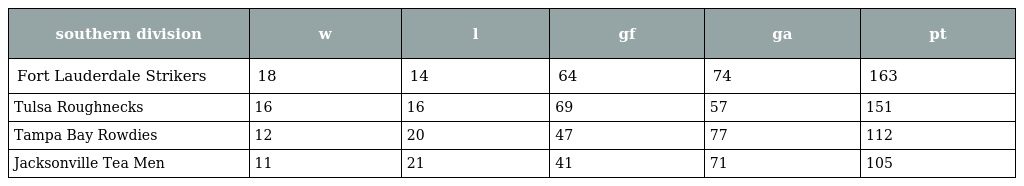
| southern division | w | l | gf | ga | pt |
 | --- | --- | --- | --- | --- | --- |
 | Fort Lauderdale Strikers | 18 | 14 | 64 | 74 | 163 |
 | Tulsa Roughnecks | 16 | 16 | 69 | 57 | 151 |
 | Tampa Bay Rowdies | 12 | 20 | 47 | 77 | 112 |
 | Jacksonville Tea Men | 11 | 21 | 41 | 71 | 105 |